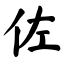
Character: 佐